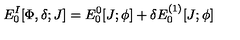
E _ { 0 } ^ { I } [ \Phi , \delta ; J ] = E _ { 0 } ^ { 0 } [ J ; \phi ] + \delta E _ { 0 } ^ { ( 1 ) } [ J ; \phi ]